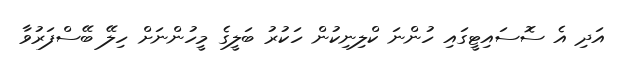
އަދި އެ ސޮސައިޓީގައި ހުންނަ ކްލިނިކުން ހަކުރު ބަލީގެ މީހުންނަށް ހިލޭ ބޭސްފަރުވާ